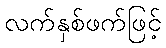
လက်နှစ်ဖက်ဖြင့်